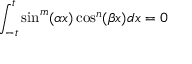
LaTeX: \int _ { - t } ^ { t } \sin ^ { m } ( \alpha x ) \cos ^ { n } ( \beta x ) d x = 0